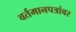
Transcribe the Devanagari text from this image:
वर्तमानपत्रांवर